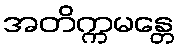
အတိက္ကမန္တေ